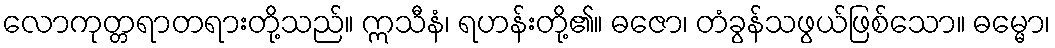
လောကုတ္တရာတရားတို့သည်။ ဣသီနံ၊ ရဟန်းတို့၏။ ဓဇော၊ တံခွန်သဖွယ်ဖြစ်သော။ ဓမ္မော၊